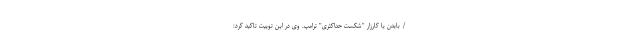
/ بایدن یا کارزار "شکست حداکثری" ترامپ. وی در این توییت تاکید کرد: